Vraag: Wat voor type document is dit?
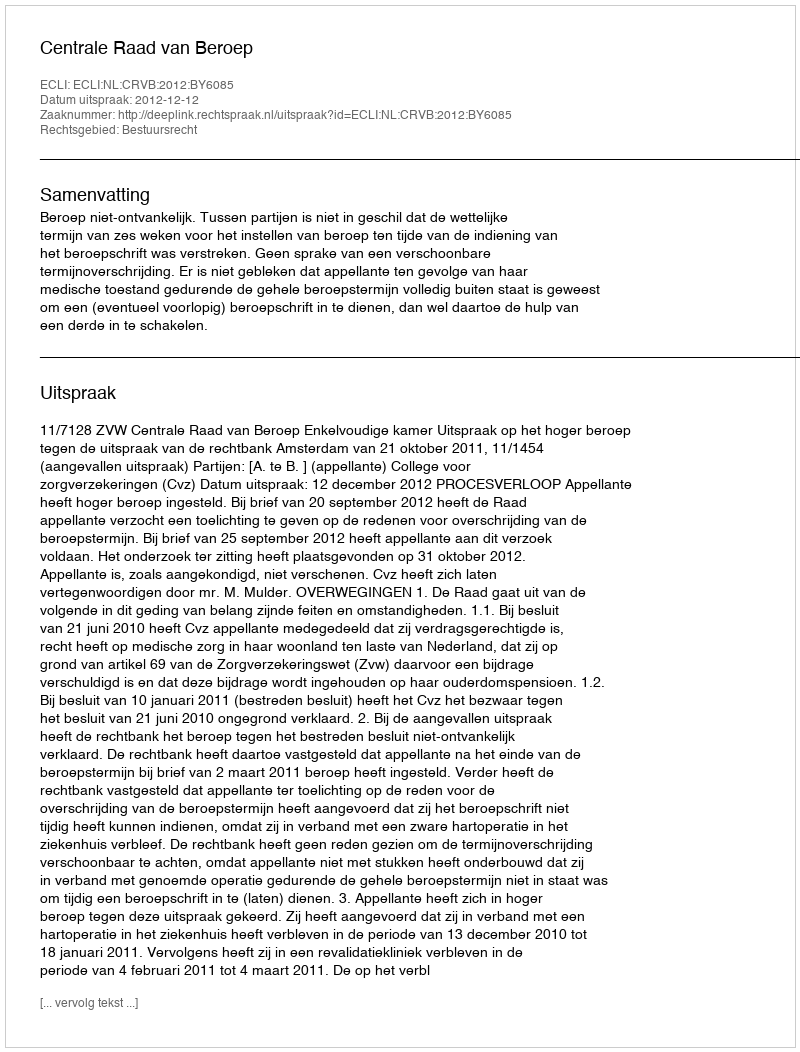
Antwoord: Uitspraak